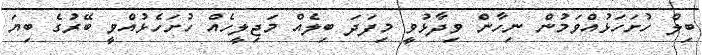
ބިލް ހުށަހަޅުއްވަމުން ނިހާން ވިދާޅުވީ މިފަދަ ބިލެއް މަޖިލީހެއް ހުށަހެޅުއްވީ ބޭރުގެ ބިޔަ